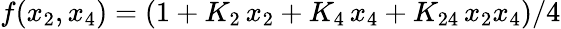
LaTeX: f(x_{2},x_{4})=(1+K_{2}\, x_{2}+K_{4}\, x_{4}+K_{24}\, x_{2}x_{4})/4